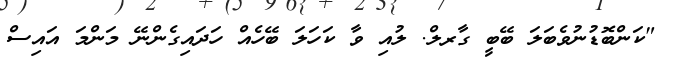
"ކަންބޮޑުނުވެބަލަ ބޭބީ ގާރލް. ލުއި ވާ ކަހަލަ ބޭހެއް ހަދައިގެންނޭ މަންމަ އައިސް